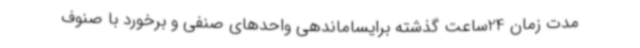
مدت زمان 24ساعت گذشته برایساماندهی واحدهای صنفی و برخورد با صنوف